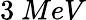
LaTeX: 3~MeV